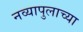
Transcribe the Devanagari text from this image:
नव्यापुलाच्या